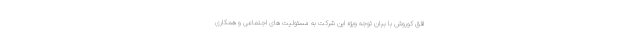
افق کوروش با بیان توجه ویژه این شرکت به مسئولیت های اجتماعی و همکاری